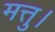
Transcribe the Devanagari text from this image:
मत्तु।